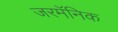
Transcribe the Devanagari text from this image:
जरमॅनिक